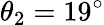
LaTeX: \theta_{2}=19^{\circ}